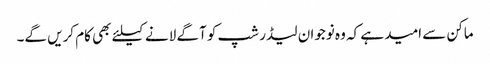
ماکن سے امید ہے کہ وہ نوجوان لیڈر شپ کو آگے لانے کیلئے بھی کام کریں گے۔